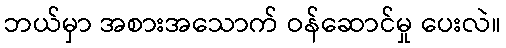
ဘယ်မှာ အစားအသောက် ဝန်ဆောင်မှု ပေးလဲ။